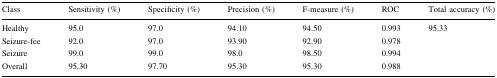
| Class | Sensitivity (%) | Specificity (%) | Precision (%) | F-measure (%) | ROC | Total accuracy (%) |
 | --- | --- | --- | --- | --- | --- | --- |
 | Healthy | 95.0 | 97.0 | 94.10 | 94.50 | 0.993 | <ROWSPAN=4> 95.33 |
 | Seizure-fee | 92.0 | 97.0 | 93.90 | 92.90 | 0.978 |
 | Seizure | 99.0 | 99.0 | 98.0 | 98.50 | 0.994 |
 | Overall | 95.30 | 97.70 | 95.30 | 95.30 | 0.988 |